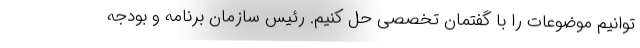
توانیم موضوعات را با گفتمان تخصصی حل کنیم. رئیس سازمان برنامه و بودجه